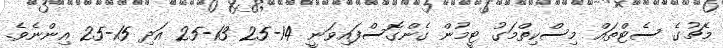
މެޗުގެ ސެޓްތައް މިސްކިތްމަގު ޓީމުން ގެންގޮސްފައިވަނީ 14-25 13-25 އަދި 15-25 އިންނެވެ.